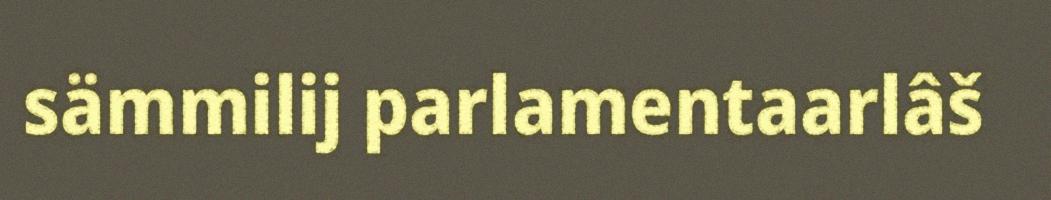
sämmilij parlamentaarlâš